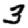
Digit: 3